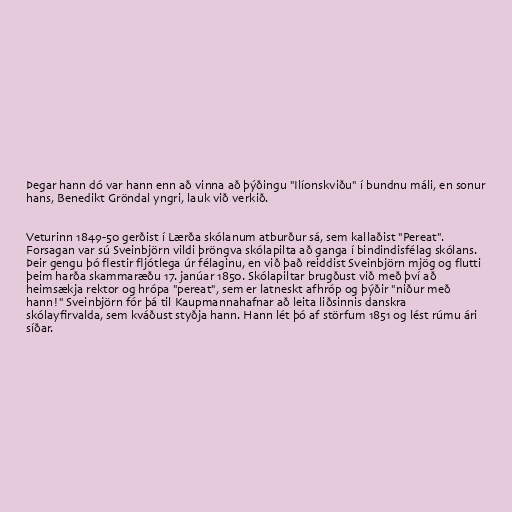
Þegar hann dó var hann enn að vinna að þýðingu "Ilíonskviðu" í bundnu máli, en sonur
hans, Benedikt Gröndal yngri, lauk við verkið.

Veturinn 1849-50 gerðist í Lærða skólanum atburður sá, sem kallaðist "Pereat".
Forsagan var sú Sveinbjörn vildi þröngva skólapilta að ganga í bindindisfélag skólans.
Þeir gengu þó flestir fljótlega úr félaginu, en við það reiddist Sveinbjörn mjög og flutti
þeim harða skammaræðu 17. janúar 1850. Skólapiltar brugðust við með því að
heimsækja rektor og hrópa "pereat", sem er latneskt afhróp og þýðir "niður með
hann!" Sveinbjörn fór þá til Kaupmannahafnar að leita liðsinnis danskra
skólayfirvalda, sem kváðust styðja hann. Hann lét þó af störfum 1851 og lést rúmu ári
síðar.